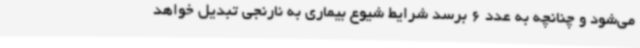
می‌شود و چنانچه به عدد 6 برسد شرایط شیوع بیماری به نارنجی تبدیل خواهد